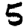
Digit: 5